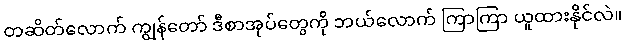
တဆိတ်လောက် ကျွန်တော် ဒီစာအုပ်တွေကို ဘယ်လောက် ကြာကြာ ယူထားနိုင်လဲ။